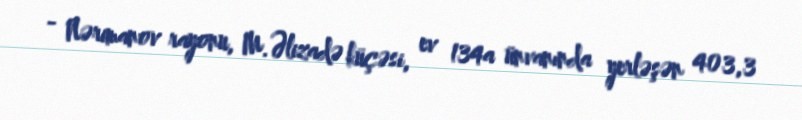
- Nərimanov rayonu, M.Əlizadə küçəsi, ev 134a ünvanında yerləşən 403,3